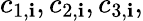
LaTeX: c_{1,\mathbf{i}},c_{2,\mathbf{i}},c_{3,\mathbf{i}},